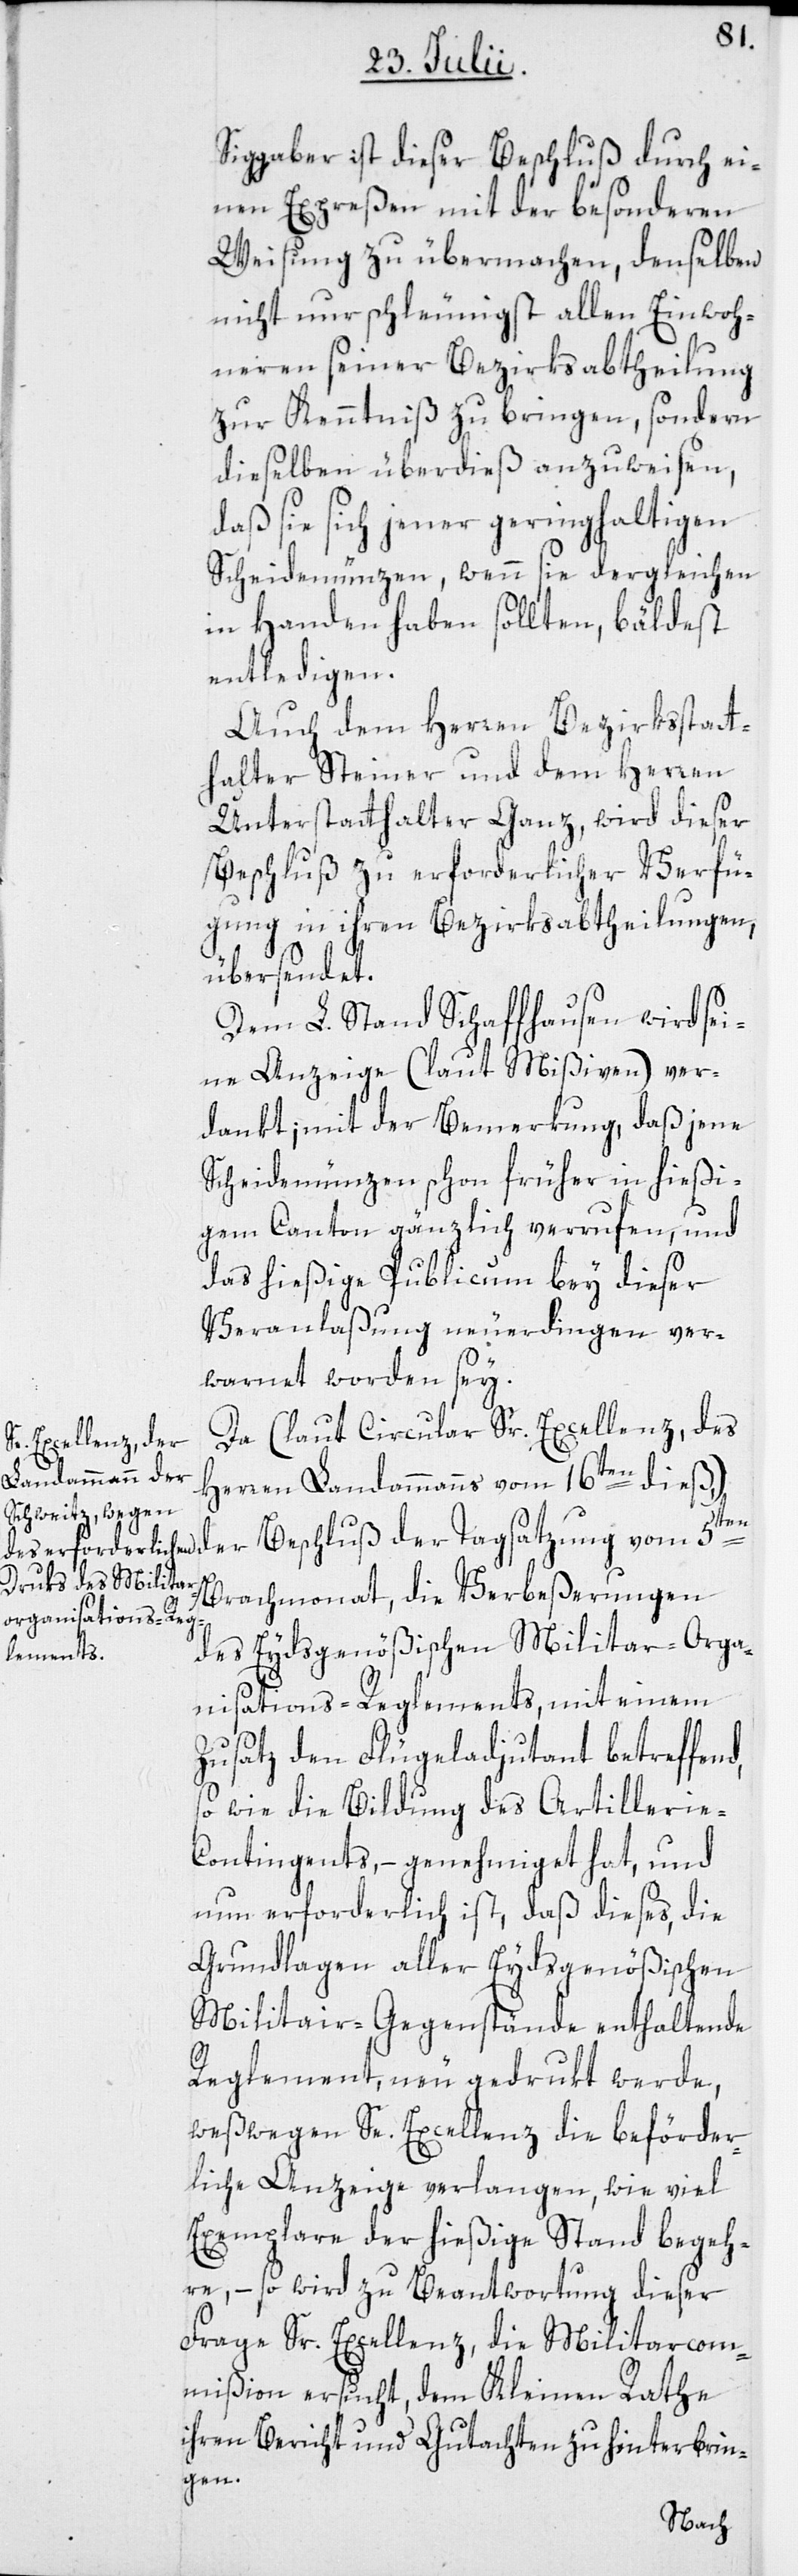
Sigg aber ist dieser Beschluß durch ei¬
nen Expreßen mit der besonderen
Weisung zu übermachen, denselben
nicht nur schleunigst allen Einwoh¬
neren seiner Bezirksabtheilung
zur Kenntniß zu bringen, sondern
dieselben überdieß anzuweisen,
daß sie sich jener geringhaltigen
Scheidemünzen, wenn sie dergleichen
in Handen haben sollten, bäldest
entledigen.
Auch dem Herren Bezirksstatt¬
halter Steiner und dem Herren
Unterstatthalter Ganz, wird dieser
Beschluß zu erforderlicher Verfü¬
gung in ihren Bezirksabtheilungen,
übersendet.
Dem L. Stand Schaffhausen wird sei¬
ne Anzeige (laut Mißiven) ver¬
dankt; mit der Bemerkung, daß jene
Scheidemünzen schon früher in hießi¬
gem Canton gänzlich verrufen, und
das hießige Publicum bey dieser
Veranlaßung neuerdingen ver¬
warnet worden sey.
Da (laut Circular Sr. Excellenz, des
der Beschluß der
Herren Landammanns vom 16ten dieß,)
Brachmonat, die Verbeßerungen
des Eydsgenößischen Militar-Orga¬
nisations-Reglements, mit einem
Zusatz den Flügeladjutant betreffend,
so wie die Bildung des Artillerie-C¬
ontingents, – genehmiget hat, und
nun erforderlich ist, daß dieses, die
Grundlagen aller Eydsgenößischen
Militair-Gegenstände enthaltende
Reglement, neu gedrukt werde,
weßwegen Se. Excellenz die beförder¬
liche Anzeige verlangen, wie viel
Exemplare der hießige Stand begeh¬
re, – so wird zu Beantwortung dieser
Frage Sr. Excellenz, die Militarcom¬
mißion ersucht, dem Kleinen Rathe
ihren Bericht und Gutachten zu hinterbrin¬
gen.